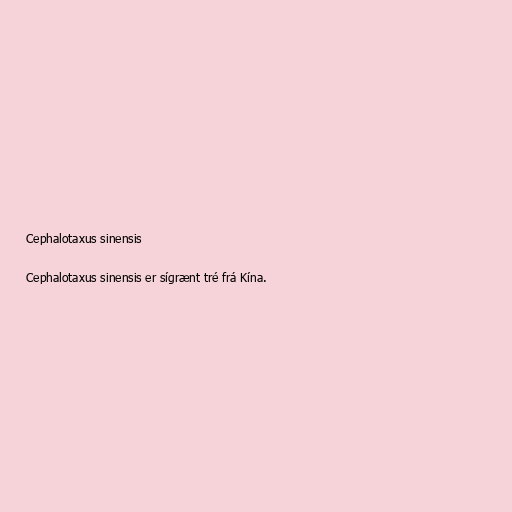
Cephalotaxus sinensis

Cephalotaxus sinensis er sígrænt tré frá Kína.